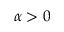
\alpha > 0